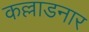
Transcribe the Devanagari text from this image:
कल्लाडनार